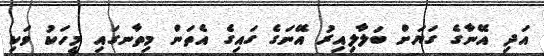
އަދި އޭނާގެ ގަޔަށް ބަލާލިއިރު އޭނަގެ ގައިގެ އެތަން މިތާނގައި މީހަކު ވަކި